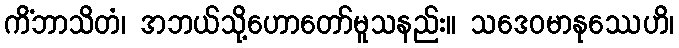
ကိံဘာသိတံ၊ အဘယ်သို့ဟောတော်မူသနည်း။ သဒေဝမာနုဿေဟိ၊